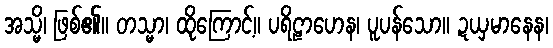
အသ္မိ၊ ဖြစ်၏။ တသ္မာ၊ ထိုကြောင့်။ ပရိဠာဟေန၊ ပူပန်သော။ ဍယှမာနေန၊